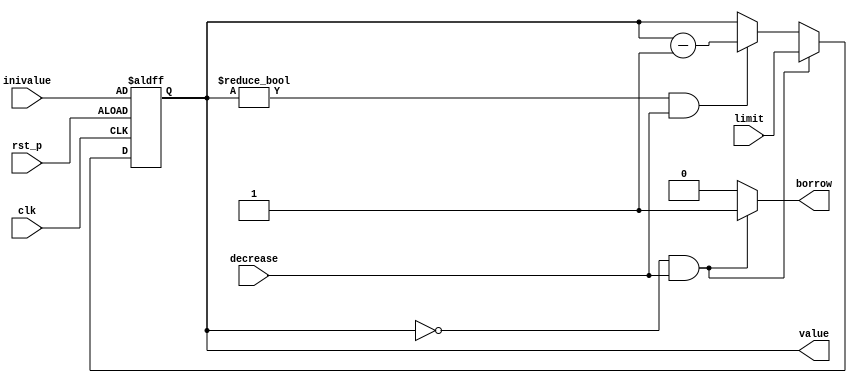
`timescale 1ns / 1ps
//////////////////////////////////////////////////////////////////////////////////
// Company: 
// Engineer: 
// 
// Design Name: 
// Module Name: downcounter
// Project Name: 
// Target Devices: 
// Tool Versions: 
// Description: 
// 
// Dependencies: 
// 
// Revision:
// Revision 0.01 - File Created
// Additional Comments:
// 
//////////////////////////////////////////////////////////////////////////////////


`define ENABLED 1
`define DISABLED 0
`define INCREMENT 1

module downcounter(
output reg [3:0]value, // counter 
output reg borrow, // borrow 
input [3:0]inivalue,     // value input at reset
input clk, // clock input
input rst_p, // reset
input decrease, // counter enable 
input [3:0]limit // limit for the counter
);
reg [3:0]value_tmp;
reg delay;

always @*  begin
    if (value == 0 && decrease)
    begin
      value_tmp = limit;
      borrow = `ENABLED;
    end
    else if (value != 0 && decrease)
    begin
        value_tmp = value - `INCREMENT;
        borrow = `DISABLED;
    end
    else
    begin
        value_tmp = value;
        borrow = `DISABLED;
    end
end

always @(posedge clk or posedge rst_p)
    if (rst_p) value <= inivalue;
    else value <= value_tmp;
endmodule